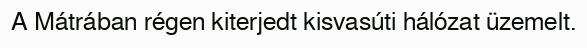
A Mátrában régen kiterjedt kisvasúti hálózat üzemelt.